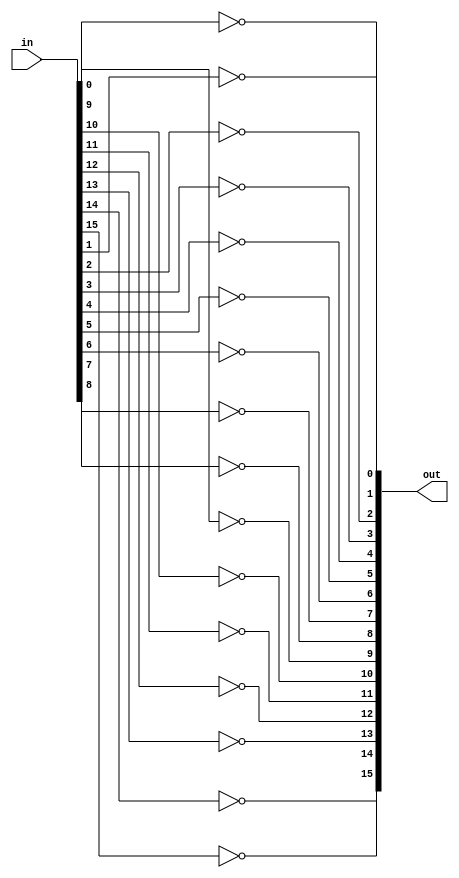
`timescale 1ns / 1ps
//////////////////////////////////////////////////////////////////////////////////
// Company: 
// Engineer: 
// 
// Design Name: 
// Module Name: Verification_1bit2
// Project Name: 
// Target Devices: 
// Tool Versions: 
// Description: 
// 
// Dependencies: 
// 
// Revision:
// Revision 0.01 - File Created
// Additional Comments:
// 
//////////////////////////////////////////////////////////////////////////////////

module Nbit_not(in,out);

	parameter n=16;

	input[n-1:0]	 in;
	output[n-1:0]     out; //declare outputs c_out and sum, one bit each

	genvar i;
	generate
	for (i=0; i<n;i=i+1) begin:notgate
		not notgates (out[i],in[i]);
	end
	endgenerate
endmodule